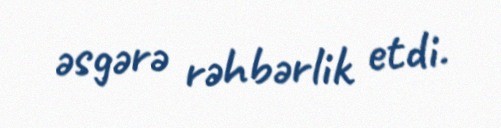
əsgərə rəhbərlik etdi.